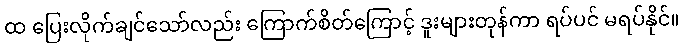
ထ ပြေးလိုက်ချင်သော်လည်း ကြောက်စိတ်ကြောင့် ဒူးများတုန်ကာ ရပ်ပင် မရပ်နိုင်။